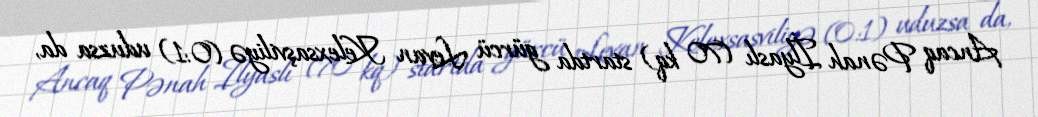
Ancaq Pənah İlyaslı (70 kq) startda gürcü Levan Kelexsaşviliyə (0:1) uduzsa da,